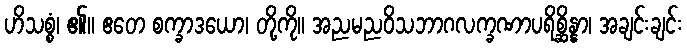
ဟိသစ္စံ၊ ၏။ ဧတေ စက္ခာဒယော၊ တို့ကို။ အညမညဝိသဘာဂလက္ခဏာပရိစ္ဆိန္နာ၊ အချင်းချင်း